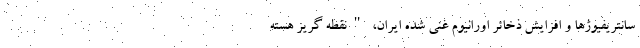
سانتریفیوژها و افزایش ذخائر اورانیوم غنی شده ایران، "نقطه گریز هسته